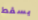
يسقط